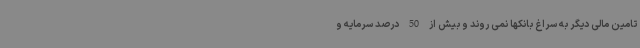
تامین مالی دیگر به سراغ بانکها نمی روند و بیش از 50 درصد سرمایه و